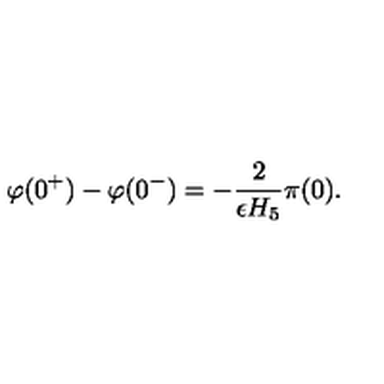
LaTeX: \varphi ( 0 ^ { + } ) - \varphi ( 0 ^ { - } ) = - { \frac { 2 } { \epsilon H _ { 5 } } } \pi ( 0 ) .